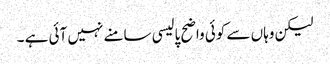
لیکن وہاں سے کوئی واضح پالیسی سامنے نہیں آئی ہے ۔